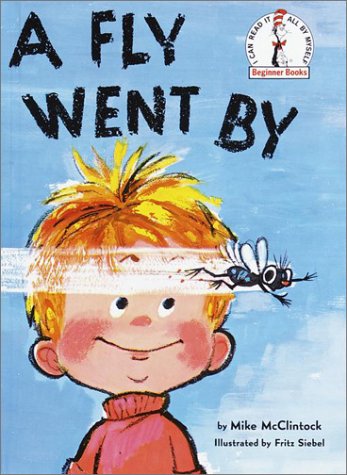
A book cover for A Fly Went by (Beginner Books(R)); Mike McClintock; Children's Books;